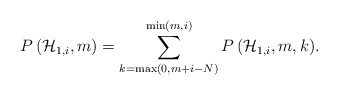
\begin{align*}P\left( { \mathcal{H} }_{ 1,i},m \right) =\sum _{ k=\max\left( 0, m+i -N \right) }^{ \min\left( m, i \right) }{ P\left( { \mathcal{H} }_{ 1,i }, m, k \right) }.\end{align*}